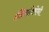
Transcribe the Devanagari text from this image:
इंदिराविरोधी